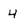
Character: 4